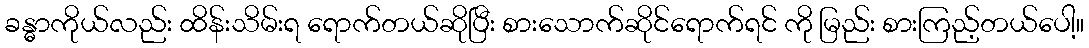
ခန္ဓာကိုယ်လည်း ထိန်းသိမ်းရ ရောက်တယ်ဆိုပြီး စားသောက်ဆိုင်ရောက်ရင် ကို မြည်း စားကြည့်တယ်ပေါ့။